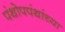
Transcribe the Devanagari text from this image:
पंथोपपंथांच्या